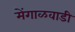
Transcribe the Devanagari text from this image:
मेंगाळवाडी